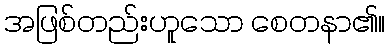
အဖြစ်တည်းဟူသော စေတနာ၏။